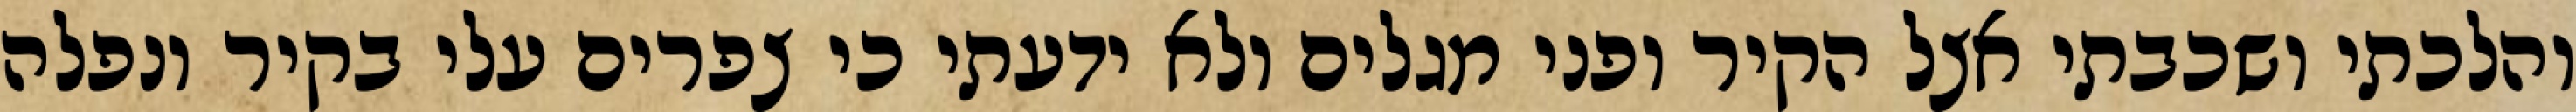
והלכתי ושכבתי אצל הקיר ופני מגלים ולא ידעתי כי צפרים עלי בקיר‏ ונפלה